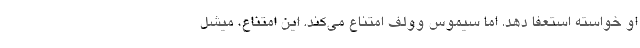
او خواسته استعفا دهد. اما سیموس وولف امتناع می‌کند. این امتناع، میشل